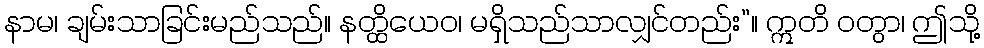
နာမ၊ ချမ်းသာခြင်းမည်သည်။ နတ္ထိယေဝ၊ မရှိသည်သာလျှင်တည်း”။ ဣတိ ဝတွာ၊ ဤသို့